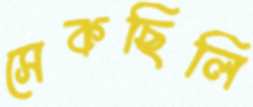
সেকছিলি